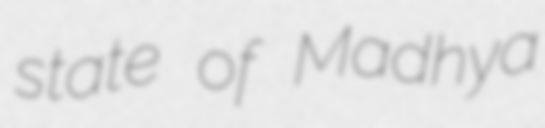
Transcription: state of Madhya